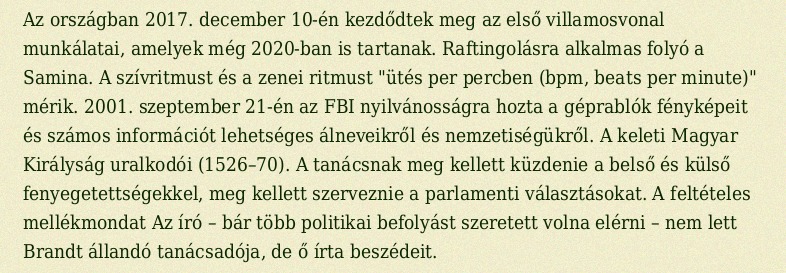
Az országban 2017. december 10-én kezdődtek meg az első villamosvonal munkálatai, amelyek még 2020-ban is tartanak. Raftingolásra alkalmas folyó a Samina. A szívritmust és a zenei ritmust "ütés per percben (bpm, beats per minute)" mérik. 2001. szeptember 21-én az FBI nyilvánosságra hozta a géprablók fényképeit és számos információt lehetséges álneveikről és nemzetiségükről. A keleti Magyar Királyság uralkodói (1526–70). A tanácsnak meg kellett küzdenie a belső és külső fenyegetettségekkel, meg kellett szerveznie a parlamenti választásokat. A feltételes mellékmondat Az író – bár több politikai befolyást szeretett volna elérni – nem lett Brandt állandó tanácsadója, de ő írta beszédeit.